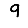
Digit: 9